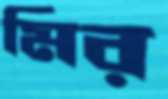
মির